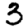
Digit: 3